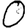
Digit: 0